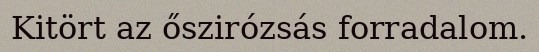
Kitört az őszirózsás forradalom.